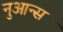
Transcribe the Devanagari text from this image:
नुआन्स